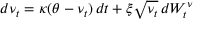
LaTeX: d \nu _ { t } = \kappa ( \theta - \nu _ { t } ) \, d t + \xi { \sqrt { \nu _ { t } } } \, d W _ { t } ^ { \nu }